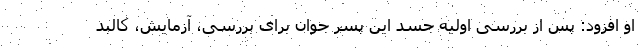
او افزود: پس از بررسی اولیه جسد این پسر جوان برای بررسی، آزمایش، کالبد